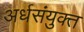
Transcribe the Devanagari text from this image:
अर्धसंयुक्त